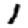
Digit: 1